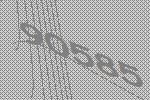
90585